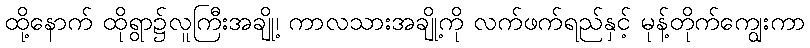
ထို့နောက် ထိုရွာ၌လူကြီးအချို့၊ ကာလသားအချို့ကို လက်ဖက်ရည်နှင့် မုန့်တိုက်ကျွေးကာ